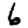
Digit: 6